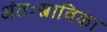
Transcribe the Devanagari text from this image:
अंतःस्त्राविका